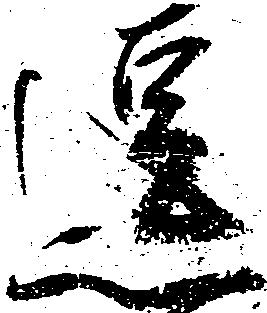
逗